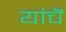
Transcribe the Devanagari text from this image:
यांचॆ